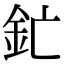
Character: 釯